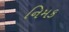
નિમક